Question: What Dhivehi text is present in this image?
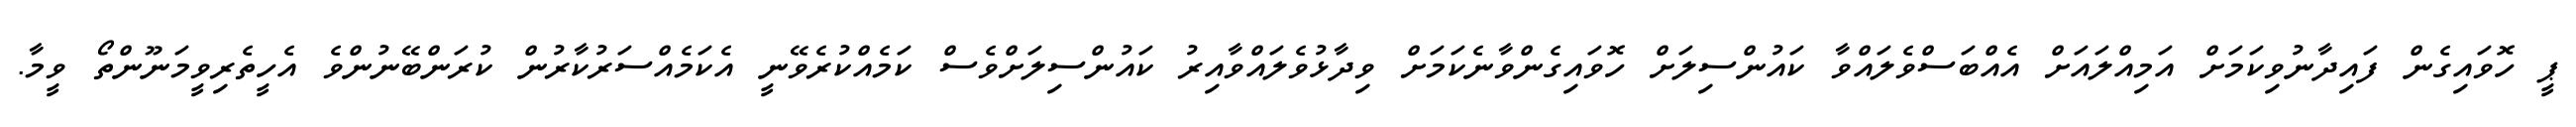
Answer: ޕީ ހޮވައިގެން ފައިދާނުވިކަމަށް އަމިއްލައަށް އެއްބަސްވެލައްވާ ކައުންސިލަށް ހޮވައިގެންވާނެކަމަށް ވިދާޅުވެލައްވާއިރު ކައުންސިލަށްވެސް ކަމެއްކުރެވޭނީ އެކަމެއްސަރުކާރުން ކުރަންބޭނުންވެ އެހީތެރިވީމަނޫންތޯ ވީމާ.